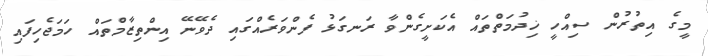
މީގެ އިތުރުން ސިއްހީ ޚިދުމަތްތައް އެކަށީގެންވާ ރަނގަޅު ފެންވަރެއްގައި ދެވޭނޭ އިންތިޒާމްތައް ހަމަޖެހިފައި